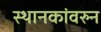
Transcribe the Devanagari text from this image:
स्थानकांवरुन